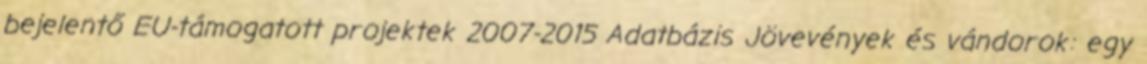
bejelentő EU-támogatott projektek 2007-2015 Adatbázis Jövevények és vándorok: egy